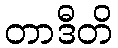
တာဒီတိ